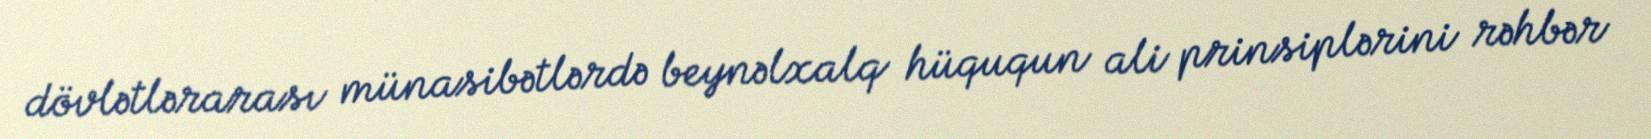
dövlətlərarası münasibətlərdə beynəlxalq hüququn ali prinsiplərini rəhbər